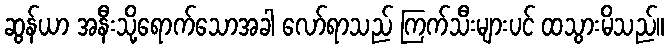
ဆွန်ယာ အနီးသို့ရောက်သောအခါ လော်ရာသည် ကြက်သီးများပင် ထသွားမိသည်။